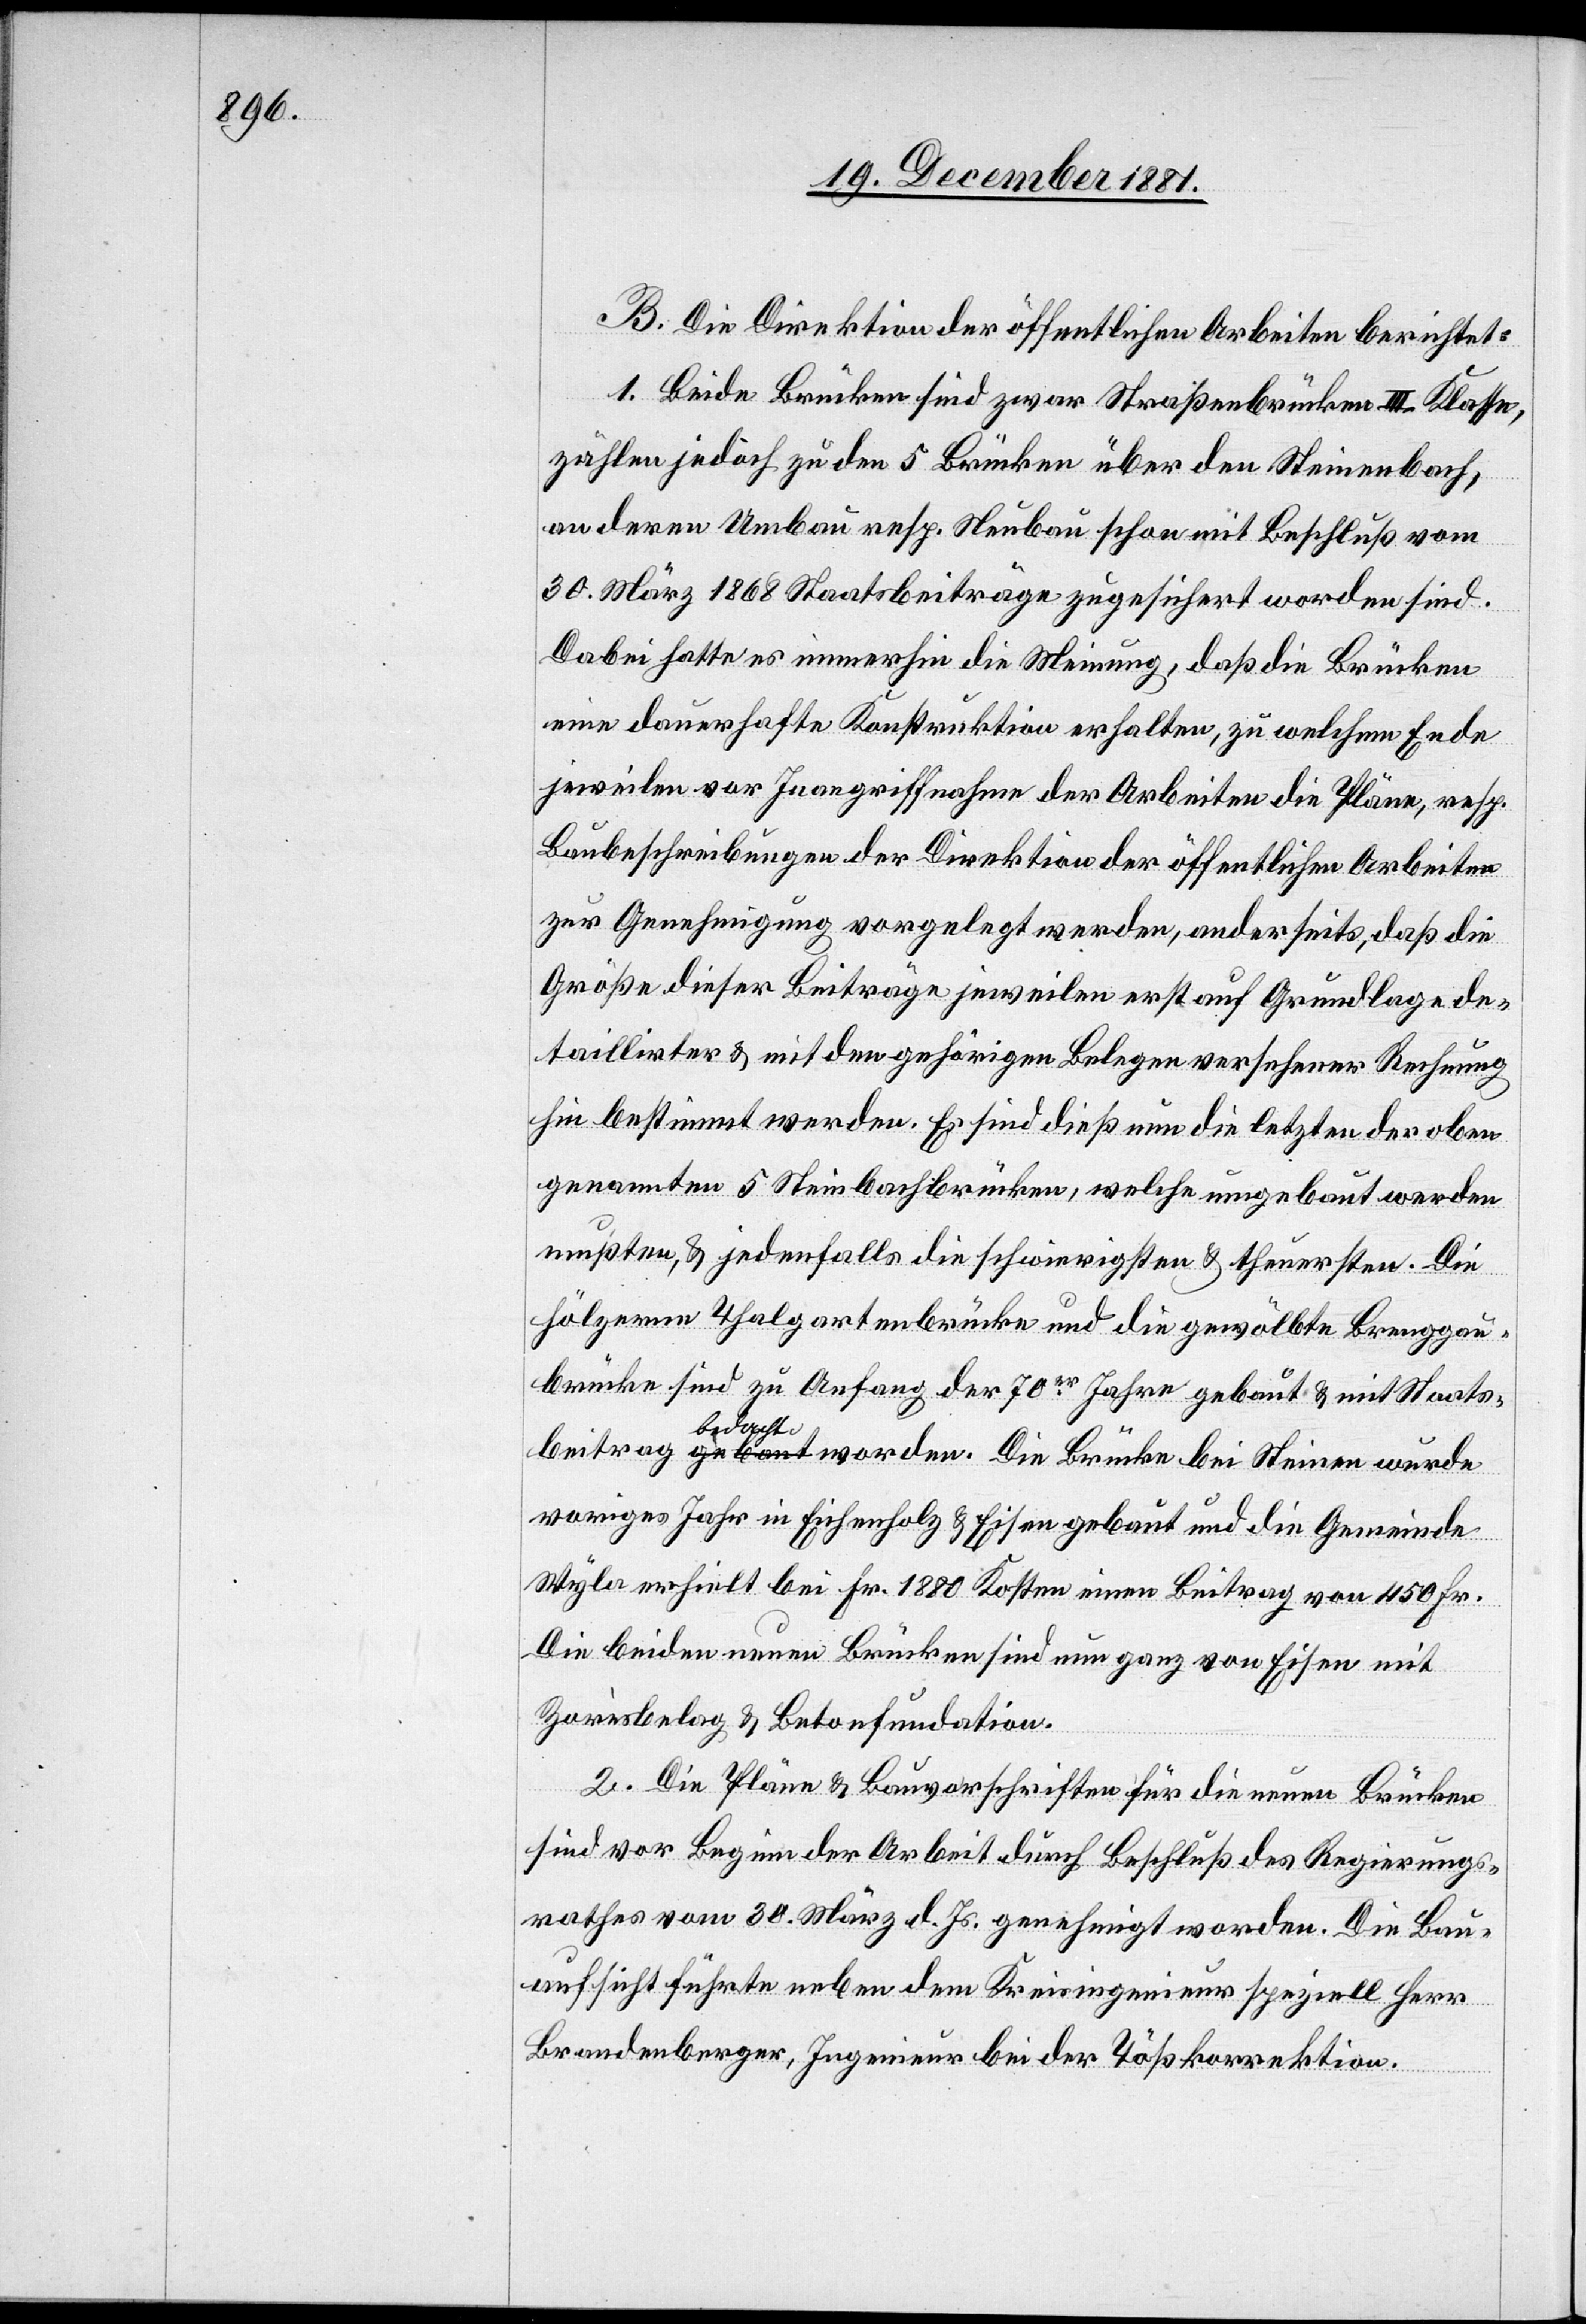
B. Die Direktion der öffentlichen Arbeiten berichtet:
1. Beide Brücken sind zwar über den Steinenbach,
an deren Umbau resp. Neubau schon mit Beschluß vom
30. März 1868 Staatsbeiträge zugesichert worden sind.
Dabei hatte es immerhin die Meinung, daß die Brücken
eine dauerhafte Konstruktion erhalten, zu welchem Ende
jeweilen vor Inangriffnahme der Arbeiten die Pläne, resp.
Baubeschreibungen der Direktion der öffentlichen Arbeiten
zur Genehmigung vorgelegt werden, anderseits, daß die
Größe dieser Beiträge jeweilen erst auf Grundlage de¬
taillirter & mit den gehörigen Belegen versehener Rechnung
hin bestimmt werden. Es sind dieß nun die letzten der oben
genannten 5 Steinbachbrücken [sic!], welche umgebaut werden
mußten, & jedenfalls die schwierigsten & theuersten. Die
hölzerne Thalgartenbrücke und die gewölbte Breuggau¬
brücke sind zu Anfang der 70er Jahre gebaut & mit Staats¬
beitrag bedacht worden. Die Brücke bei Steinen wurde
voriges Jahr in Eichenholz & Eisen gebaut und die Gemeinde
Wyla erhielt bei Fr. 1880 Kosten einen Beitrag von 450 Fr.
Die beiden neuen Brücken sind nun ganz von Eisen mit
Zarèsbelag & Betonfundation.
2. Die Pläne & Bauvorschriften für die neuen Brücken
sind vor Beginn der Arbeit durch Beschluß des Regierungs¬
rathes vom 30. März d. Js. genehmigt worden. Die Bau¬
aufsicht führte neben dem Kreisingenieur speziell Herr
Brandenberger, Ingenieur bei der Tößkorrektion.